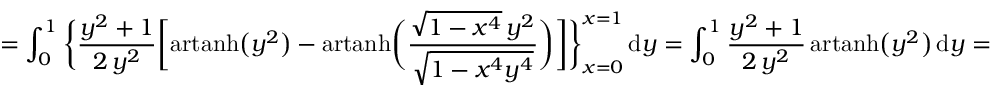
= \int _ { 0 } ^ { 1 } { \biggl \{ \frac { y ^ { 2 } + 1 } { 2 \, y ^ { 2 } } } { \biggl [ } { \mathrm { a r t a n h } } { \bigl ( } y ^ { 2 } { \bigr ) } - { \mathrm { a r t a n h } } { \biggl ( } { \frac { { \sqrt { 1 - x ^ { 4 } } } \, y ^ { 2 } } { \sqrt { 1 - x ^ { 4 } y ^ { 4 } } } } { \biggr ) } { \biggr ] } { \biggr \} } _ { x = 0 } ^ { x = 1 } \, \mathrm { d } y = \int _ { 0 } ^ { 1 } { \frac { y ^ { 2 } + 1 } { 2 \, y ^ { 2 } } } \, \mathrm { a r t a n h } { \bigl ( } y ^ { 2 } { \bigr ) } \, \mathrm { d } y =